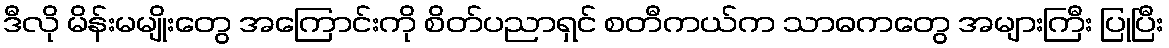
ဒီလို မိန်းမမျိုးတွေ အကြောင်းကို စိတ်ပညာရှင် စတီကယ်က သာဓကတွေ အများကြီး ပြုပြီး